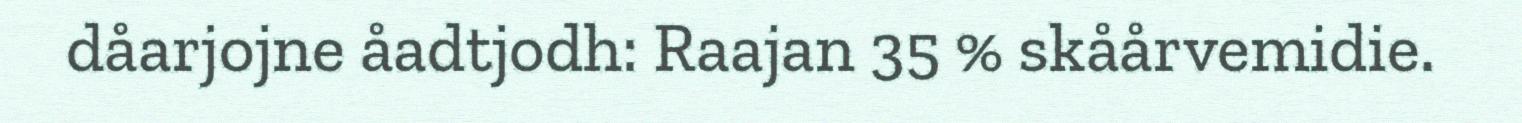
dåarjojne åadtjodh: Raajan 35 % skåårvemidie.